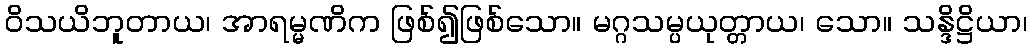
ဝိသယိဘူတာယ၊ အာရမ္မဏိက ဖြစ်၍ဖြစ်သော။ မဂ္ဂသမ္ပယုတ္တာယ၊ သော။ သန္ဒိဋ္ဌိယာ၊